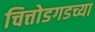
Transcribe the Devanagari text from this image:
चित्तोडगडच्या